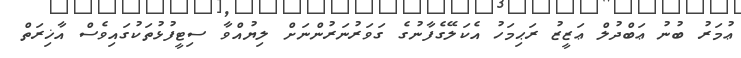
ޢުމަރު ބުނު ޢަބްދުލް ޢަޒީޒު ރަޙިމަހު އެކަލޭގެފާނުގެ ގަވަރުނަރުންނަށް ލިޔުއްވާ ސިޓީފުޅުތަކުގައިވެސް އާޚިރަތް